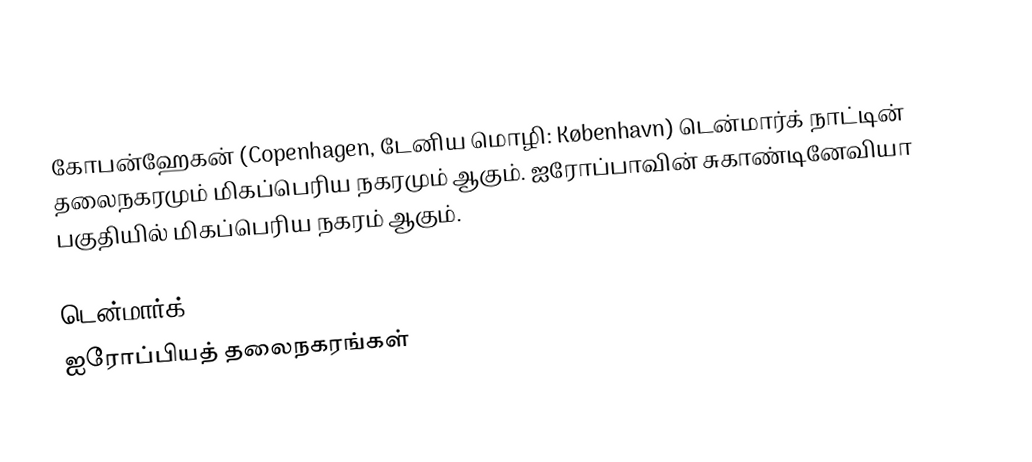
கோபன்ஹேகன் (Copenhagen, டேனிய மொழி: København) டென்மார்க் நாட்டின் தலைநகரமும் மிகப்பெரிய நகரமும் ஆகும். ஐரோப்பாவின் சுகாண்டினேவியா பகுதியில் மிகப்பெரிய நகரம் ஆகும்.

டென்மார்க்
ஐரோப்பியத் தலைநகரங்கள்